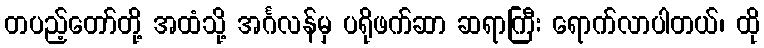
တပည့်တော်တို့ အထံသို့ အင်္ဂလန်မှ ပရိုဖက်ဆာ ဆရာကြီး ရောက်လာပါတယ်၊ ထို